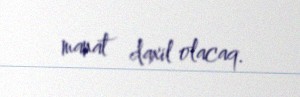
manat daxil olacaq.